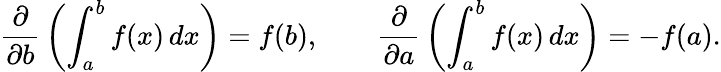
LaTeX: {\frac{\partial}{\partial b}}\left(\int_{a}^{b}f(x)\, dx\right)=f(b),\qquad{\frac{\partial}{\partial a}}\left(\int_{a}^{b}f(x)\, dx\right)=-f(a).